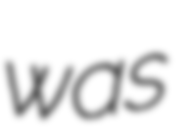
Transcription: was